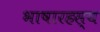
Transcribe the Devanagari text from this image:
भाषारहस्य